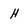
Character: H